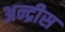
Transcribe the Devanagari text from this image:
अन्द्रीस